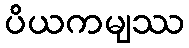
ပိယကမျဿ